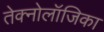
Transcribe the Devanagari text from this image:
तेक्नोलॉजिका